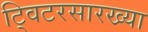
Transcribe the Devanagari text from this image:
ट्विटरसारख्या